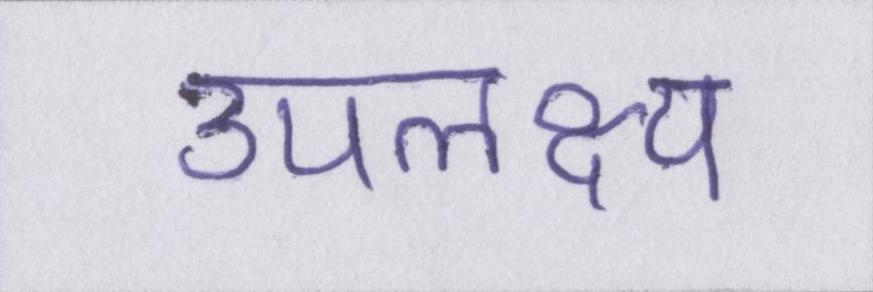
उपलक्ष्य